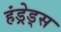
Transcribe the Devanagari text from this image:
हंड्रेड्स